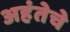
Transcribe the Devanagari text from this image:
अहंतेचे